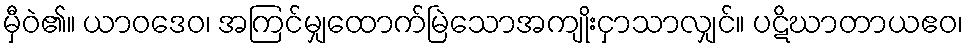
မှီဝဲ၏။ ယာဝဒေဝ၊ အကြင်မျှထောက်မြဲသောအကျိုးငှာသာလျှင်။ ပဋိဃာတာယဧဝ၊